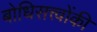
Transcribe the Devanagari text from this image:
बोधिसत्त्‍वोंकी